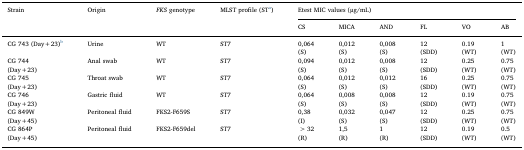
<table><thead><tr><td rowspan="2"><b>Strain</b></td><td rowspan="2"><b>Origin</b></td><td rowspan="2"><b><i>FKS</i> genotype</b></td><td rowspan="2"><b>MLST profile (STa)</b></td><td colspan="6"><b>Etest MIC values (μg/mL)</b></td></tr><tr><td><b>CS</b></td><td><b>MICA</b></td><td><b>AND</b></td><td><b>FL</b></td><td><b>VO</b></td><td><b>AB</b></td></tr></thead><tbody><tr><td rowspan="2">CG 743 (Day+23)b</td><td rowspan="2">Urine</td><td rowspan="2">WT</td><td rowspan="2">ST7</td><td>0,064</td><td>0,012</td><td>0,008</td><td>12</td><td>0.19</td><td>1</td></tr><tr><td>(S)</td><td>(S)</td><td>(S)</td><td>(SDD)</td><td>(WT)</td><td>(WT)</td></tr><tr><td>CG 744</td><td rowspan="2">Anal swab</td><td rowspan="2">WT</td><td rowspan="2">ST7</td><td>0,094</td><td>0,012</td><td>0,008</td><td>12</td><td>0.25</td><td>0.75</td></tr><tr><td>(Day+23)</td><td>(S)</td><td>(S)</td><td>(S)</td><td>(SDD)</td><td>(WT)</td><td>(WT)</td></tr><tr><td>CG 745</td><td rowspan="2">Throat swab</td><td rowspan="2">WT</td><td rowspan="2">ST7</td><td>0,064</td><td>0,012</td><td>0,012</td><td>16</td><td>0.25</td><td>0.75</td></tr><tr><td>(Day+23)</td><td>(S)</td><td>(S)</td><td>(S)</td><td>(SDD)</td><td>(WT)</td><td>(WT)</td></tr><tr><td>CG 746</td><td rowspan="2">Gastric fluid</td><td rowspan="2">WT</td><td rowspan="2">ST7</td><td>0,064</td><td>0,008</td><td>0,008</td><td>12</td><td>0.19</td><td>0.75</td></tr><tr><td>(Day+23)</td><td>(S)</td><td>(S)</td><td>(S)</td><td>(SDD)</td><td>(WT)</td><td>(WT)</td></tr><tr><td>CG 849W</td><td rowspan="2">Peritoneal fluid</td><td rowspan="2">FKS2-F659S</td><td rowspan="2">ST7</td><td>0,38</td><td>0,032</td><td>0,047</td><td>12</td><td>0.25</td><td>0.75</td></tr><tr><td>(Day+45)</td><td>(I)</td><td>(S)</td><td>(S)</td><td>(SDD)</td><td>(WT)</td><td>(WT)</td></tr><tr><td>CG 864P</td><td rowspan="2">Peritoneal fluid</td><td rowspan="2">FKS2-F659del</td><td rowspan="2">ST7</td><td>&gt;32</td><td>1,5</td><td>1</td><td>12</td><td>0.19</td><td>0.5</td></tr><tr><td>(Day+45)</td><td>(R)</td><td>(R)</td><td>(R)</td><td>(SDD)</td><td>(WT)</td><td>(WT)</td></tr></tbody></table>